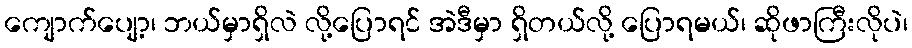
ကျောက်ပျော့၊ ဘယ်မှာရှိလဲ လို့ပြောရင် အဲဒီမှာ ရှိတယ်လို့ ပြောရမယ်၊ ဆိုဖာကြီးလိုပဲ၊